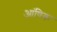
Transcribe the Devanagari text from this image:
आंषिक